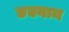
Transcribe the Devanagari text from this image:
छद्यनाम